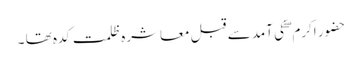
حضور اکرم ۖ کی آمد سے قبل معاشرہ ظلمت کدہ تھا ۔